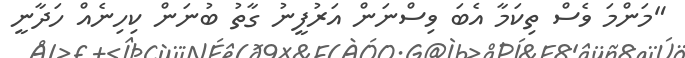
"މަންމަ ވެސް ތިކަމާ އެބަ ވިސްނަން އަރުފީނު ގާތު ބުނަން ކިހިނެއް ހަދާނީ